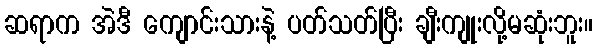
ဆရာက အဲဒီ ကျောင်းသားနဲ့ ပတ်သတ်ပြီး ချီးကျုးလို့မဆုံးဘူး။